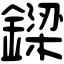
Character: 𨫟